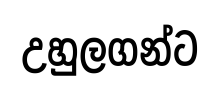
උහුලගන්ට